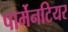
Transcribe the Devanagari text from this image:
पार्मेनटियर